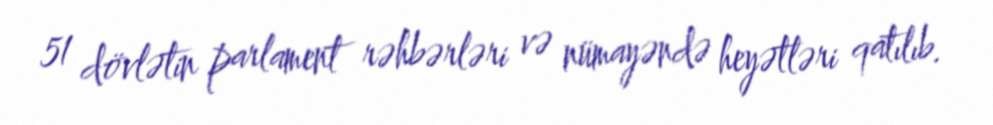
51 dövlətin parlament rəhbərləri və nümayəndə heyətləri qatılıb.